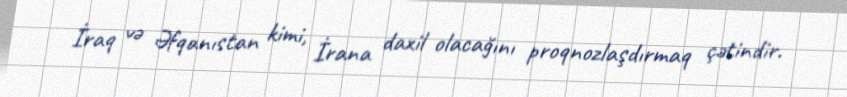
İraq və Əfqanıstan kimi, İrana daxil olacağını proqnozlaşdırmaq çətindir.